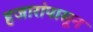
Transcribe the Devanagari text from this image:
हजारांपासून